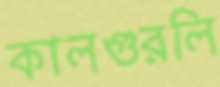
কালগুরলি